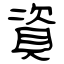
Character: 資